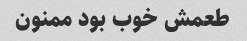
طعمش خوب بود ممنون